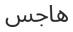
ھاجس